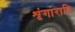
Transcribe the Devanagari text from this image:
शृंगारादि